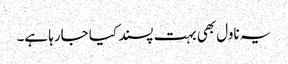
یہ ناول بھی بہت پسند کیا جارہا ہے۔